Scottish Leaving Certificate Examination, 1952
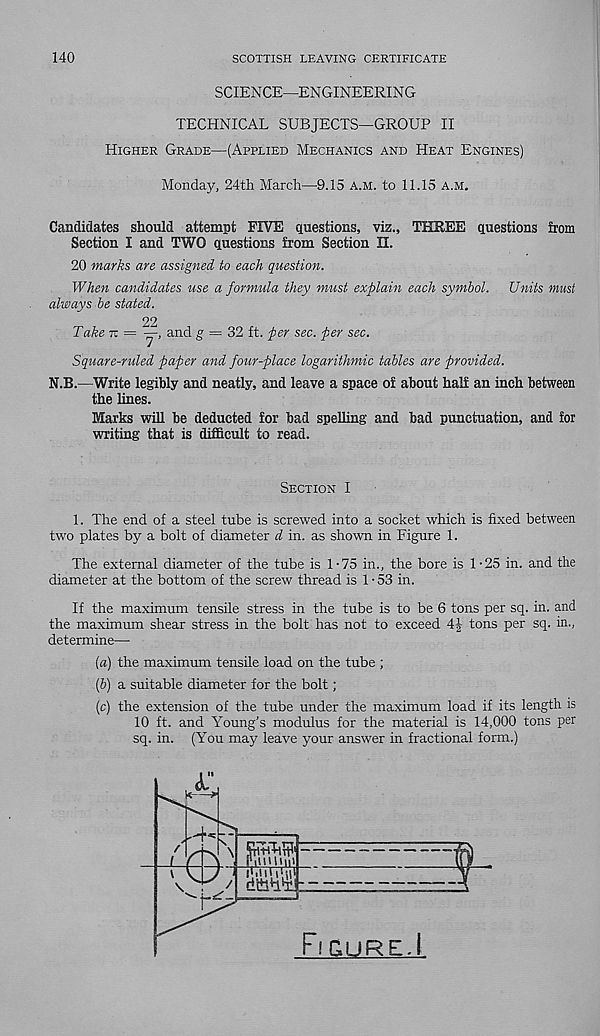
140
SCOTTISH LEAVING CERTIFICATE
SCIENCE—ENGINEERING
TECHNICAL SUBJECTS—GROUP II
Higher Grade—(Applied Mechanics and Heat Engines)
Monday, 24tli March—9.15 a.m. to 11.15 a.m.
Candidates should attempt FIVE questions, viz., THREE questions from
Section I and TWO questions from Section II.
20 marks are assigned to each question.
When candidates use a formula they must explain each symbol. Units must
always be stated.
22
Take tu =
and g = 32 ft. per sec. per sec.
Square-ruled paper and four-place logarithmic tables are provided.
N.B.—Write legibly and neatly, and leave a space of about half an inch between
the lines.
Marks will be deducted for bad spelling and bad punctuation, and for
writing that is difficult to read.
Section I
1. The end of a steel tube is screwed into a socket which is fixed between
two plates by a bolt of diameter d in. as shown in Figure 1.
The external diameter of the tube is 1-75 in., the bore is 1-25 in. and the
diameter at the bottom of the screw thread is 1-53 in.
If the maximum tensile stress in the tube is to be 6 tons per sq. in. and
the maximum shear stress in the bolt has not to exceed 4| tons per sq. in.,
determine—
(a) the maximum tensile load on the tube ;
(b) a suitable diameter for the bolt;
(c) the extension of the tube under the maximum load if its length is
10 ft. and Young’s modulus for the material is 14,000 tons per
sq. in. (You may leave your answer in fractional form.)